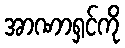
အာဏာရှင်ကို